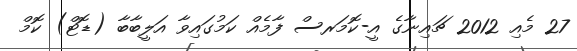
27 މެއި 2012 ޗައިނާގެ އީ-ކޮމަރސް ފާމެއް ކަމުގައިވާ އަލީބާބާ (ޑޮޓް) ކޮމް